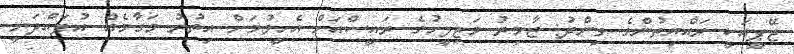
ޖޭޕީއަކީ ރައްޔިތުންގެ ވިންދު: ޒާމިރު މަޖިލީހުގެ ރައީސްއަށް އެހީވުމަށް އިތުރު މަގާމެއް އުފައްދަނީ